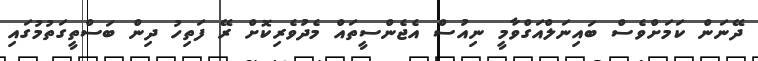
ދޭނަން ކަމަށްވެސް ބައިނަލްއަގްވާމީ ނިއުސް އެޖެންސީތައް މެދުވެރިކޮށް ރޭ ފަތިހު ދިން ބަސްތީގަތުމުގައި